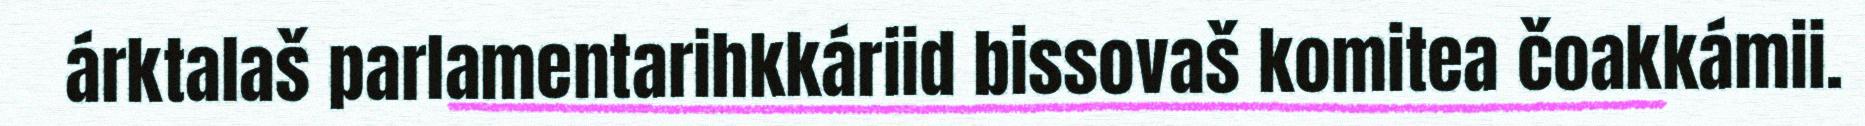
árktalaš parlamentarihkkáriid bissovaš komitea čoakkámii.